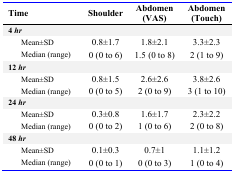
| Time | Shoulder | Abdomen (VAS) | Abdomen (Touch) |
 | --- | --- | --- | --- |
 | <COLSPAN=4> 4 hr |
 | Mean±SD | 0.8±1.7 | 1.8±2.1 | 3.3±2.3 |
 | Median (range) | 0 (0 to 6) | 1.5 (0 to 8) | 2 (1 to 9) |
 | <COLSPAN=4> 12 hr |
 | Mean±SD | 0.8±1.5 | 2.6±2.6 | 3.8±2.6 |
 | Median (range) | 0 (0 to 5) | 2 (0 to 9) | 3 (1 to 10) |
 | <COLSPAN=4> 24 hr |
 | Mean±SD | 0.3±0.8 | 1.6±1.7 | 2.3±2.2 |
 | Median (range) | 0 (0 to 2) | 1 (0 to 6) | 2 (0 to 8) |
 | <COLSPAN=4> 48 hr |
 | Mean±SD | 0.1±0.3 | 0.7±1 | 1.1±1.2 |
 | Median (range) | 0 (0 to 1) | 0 (0 to 3) | 1 (0 to 4) |